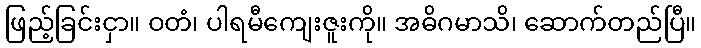
ဖြည့်ခြင်းငှာ။ ဝတံ၊ ပါရမီကျေးဇူးကို။ အဓိဂမာသိ၊ ဆောက်တည်ပြီ။